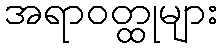
အရာဝတ္ထုများ